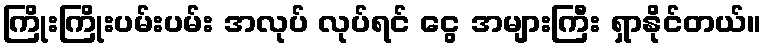
ကြိုးကြိုးပမ်းပမ်း အလုပ် လုပ်ရင် ငွေ အများကြီး ရှာနိုင်တယ်။